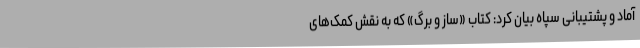
آماد و پشتیبانی سپاه بیان کرد: کتاب «ساز و برگ» که به نقش کمک‌های